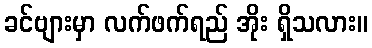
ခင်ဗျားမှာ လက်ဖက်ရည် အိုး ရှိသလား။